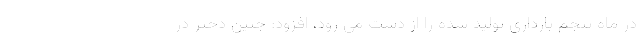
در ماه پنجم بارداری تولید شده را از دست می رود، افزود: جنین دختر در